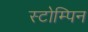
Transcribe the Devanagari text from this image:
स्टोम्पिन